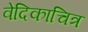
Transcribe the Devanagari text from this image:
वेदिकाचित्र